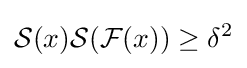
{\mathcal {S}}(x){\mathcal {S}}({\mathcal {F}}(x))\geq \delta ^{2}